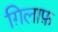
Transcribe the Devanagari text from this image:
ग़िलाफ़